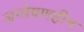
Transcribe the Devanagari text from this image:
अन्वेषणहीन